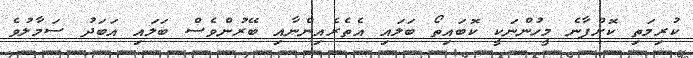
ކުރިމަތި ކޮށްފާނެ މީހުންނަކީ ކޮބައިތޯ ބަލައި އެތެރެއިންނާއި ބޭރުންވެސް ބަލައި އަބަދު ސަމާލުވެ